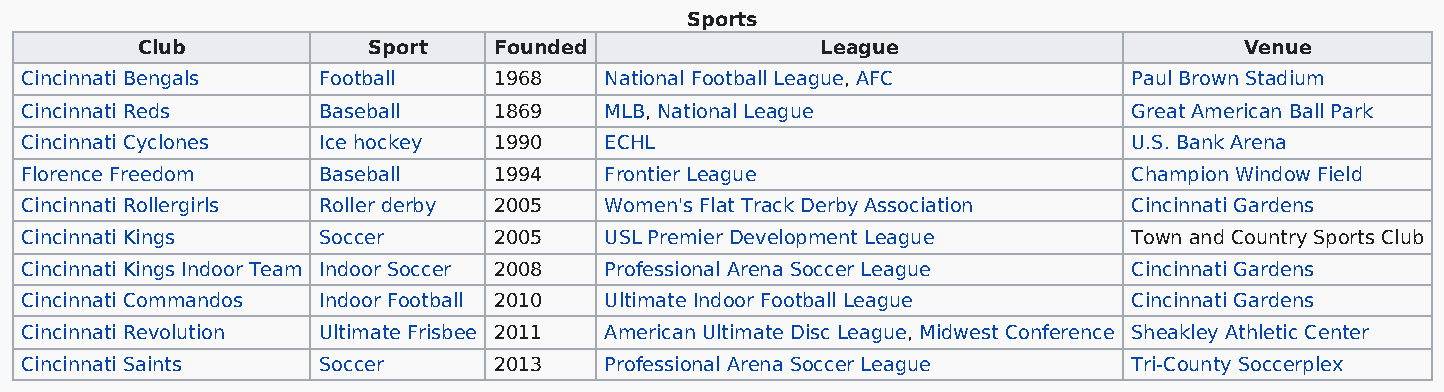
Sports
 Club           Sport    Founded              League                      Venue
 Cincinnati Bengals  Football    1968   National Football League, AFC      Paul Brown Stadium
 Cincinnati Reds     Baseball    1869   MLB, National League               Great American Ball Park
 Cincinnati Cyclones Ice hockey  1990   ECHL                               U.S. Bank Arena
 Florence Freedom    Baseball    1994   Frontier League                    Champion Window Field
 Cincinnati Rollergirls Roller derby 2005 Women's Flat Track Derby Association Cincinnati Gardens
 Cincinnati Kings    Soccer      2005   USL Premier Development League     Town and Country Sports Club
 Cincinnati Kings Indoor Team Indoor Soccer 2008 Professional Arena Soccer League Cincinnati Gardens
 Cincinnati Commandos Indoor Football 2010 Ultimate Indoor Football League Cincinnati Gardens
 Cincinnati Revolution Ultimate Frisbee 2011 American Ultimate Disc League, Midwest Conference Sheakley Athletic Center
 Cincinnati Saints   Soccer      2013   Professional Arena Soccer League   Tri-County Soccerplex